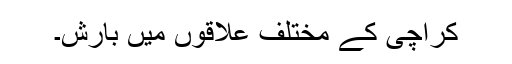
کراچی کے مختلف علاقوں میں بارش۔